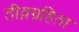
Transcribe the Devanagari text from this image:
तीव्रग्रहिता